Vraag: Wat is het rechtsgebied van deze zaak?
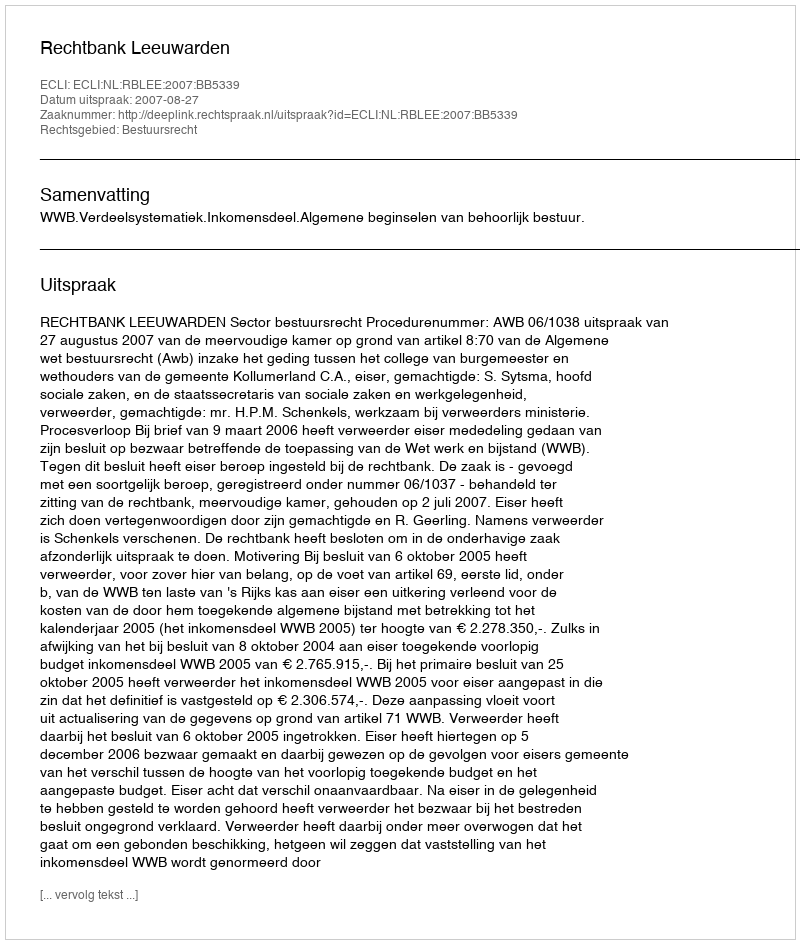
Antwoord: Bestuursrecht